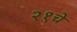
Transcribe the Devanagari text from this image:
२१चे